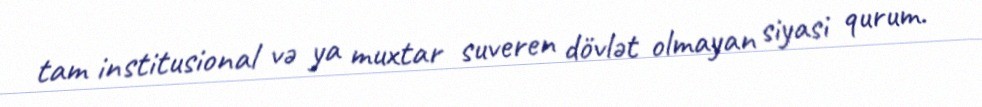
tam institusional və ya muxtar suveren dövlət olmayan siyasi qurum.